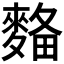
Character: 𪌾